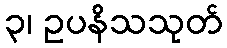
၃၊ ဥပနိသသုတ်